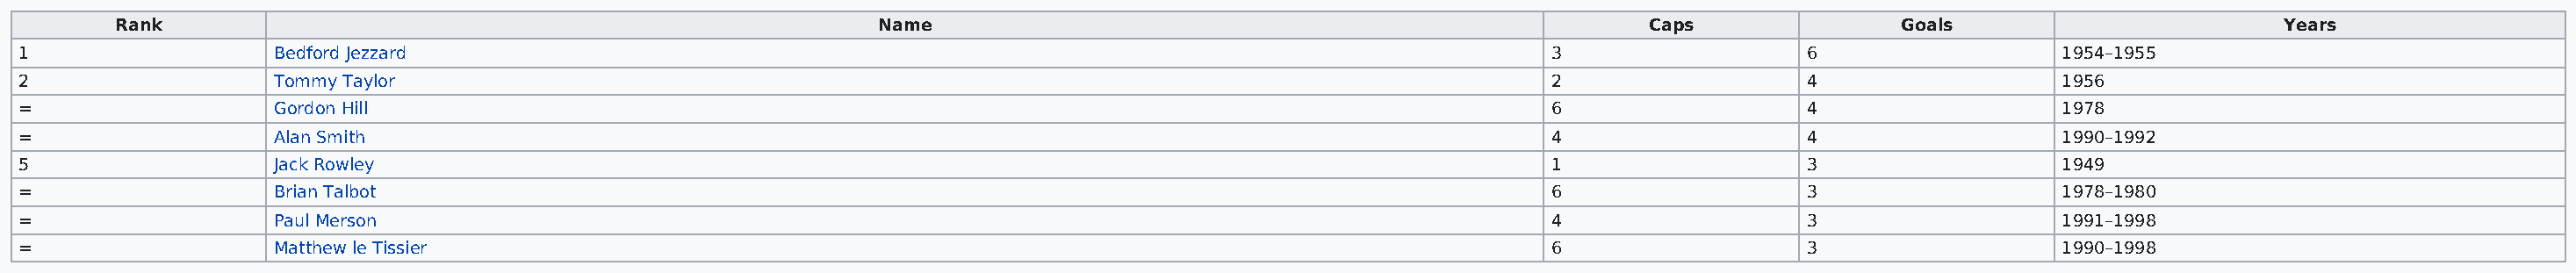
Rank                                                     Name                                                      Caps               Goals                        Years
 1                   Bedford Jezzard                                                                                 3                  6                  1954–1955
 2                   Tommy Taylor                                                                                    2                  4                  1956
 =                   Gordon Hill                                                                                     6                  4                  1978
 =                   Alan Smith                                                                                      4                  4                  1990–1992
 5                   Jack Rowley                                                                                     1                  3                  1949
 =                   Brian Talbot                                                                                    6                  3                  1978–1980
 =                   Paul Merson                                                                                     4                  3                  1991–1998
 =                   Matthew le Tissier                                                                              6                  3                  1990–1998